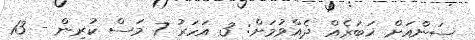
ސަންއަށް ޚަބަރެއް ދެއްވުމަށް: 3 އަހަރު 7 މަސް ކުރިން - 13